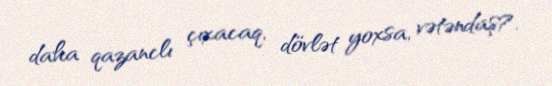
daha qazanclı çıxacaq, dövlət yoxsa, vətəndaş?.